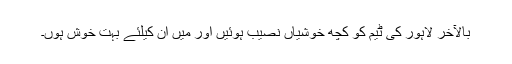
بالآخر لاہور کی ٹیم کو کچھ خوشیاں نصیب ہوئیں اور میں ان کیلئے بہت خوش ہوں۔